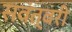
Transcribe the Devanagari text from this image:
सवंत्वरी